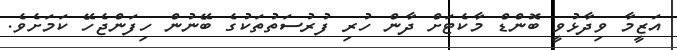
އަޒީމާ ވިދާޅުވީ ބޮންޑް މާކެޓަށް ދާން ހުރި ފުރުސަތުތަކުގެ ބޭނުން ހިފަންޖެހޭ ކަމަށެވެ.